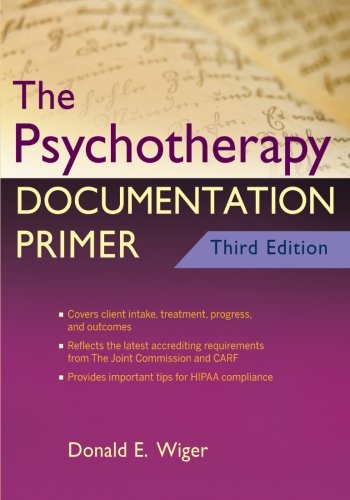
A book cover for The Psychotherapy Documentation Primer; Donald E. Wiger; Medical Books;